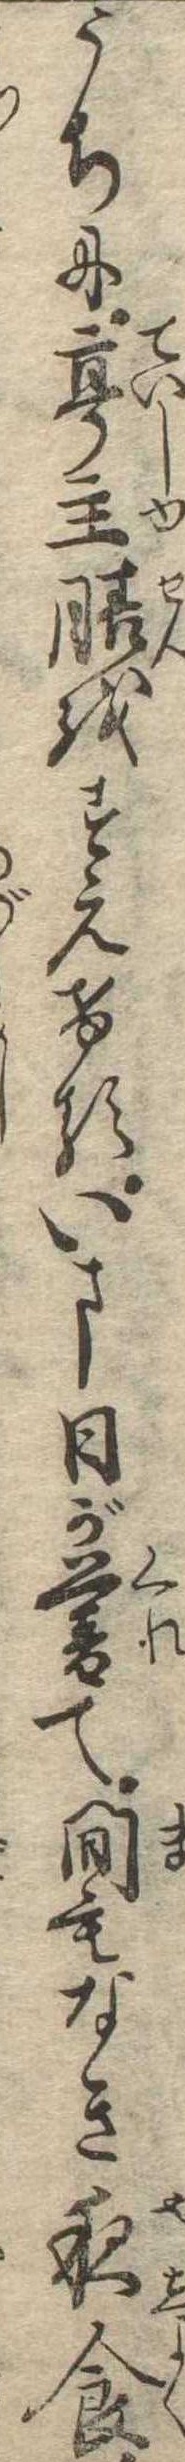
うちに亭主膳をすえけるいま日が暮て間もなき夜食